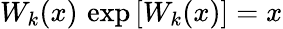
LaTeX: W_{k}(x)\, \exp\left[W_{k}(x)\right]=x